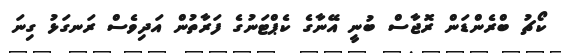
ކޯޗު ބްރެންޑަން ރޮޖާސް ބުނީ އޭނާގެ ކެޕްޓަނުގެ ފަރާތުން އަދިވެސް ރަނގަޅު ގިނަ